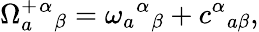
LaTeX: \Omega_{a}^{+}{^\alpha}{_\beta}=\omega_{a}{^\alpha}{_\beta}+c{^\alpha}{_{a\beta}},